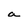
Character: a